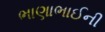
ભાણાભાઈની